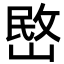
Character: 㟩